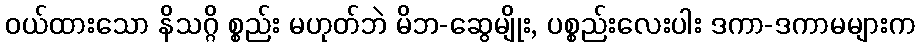
ဝယ်ထားသော နိသဂ္ဂိ စ္စည်း မဟုတ်ဘဲ မိဘ-ဆွေမျိုး, ပစ္စည်းလေးပါး ဒကာ-ဒကာမများက